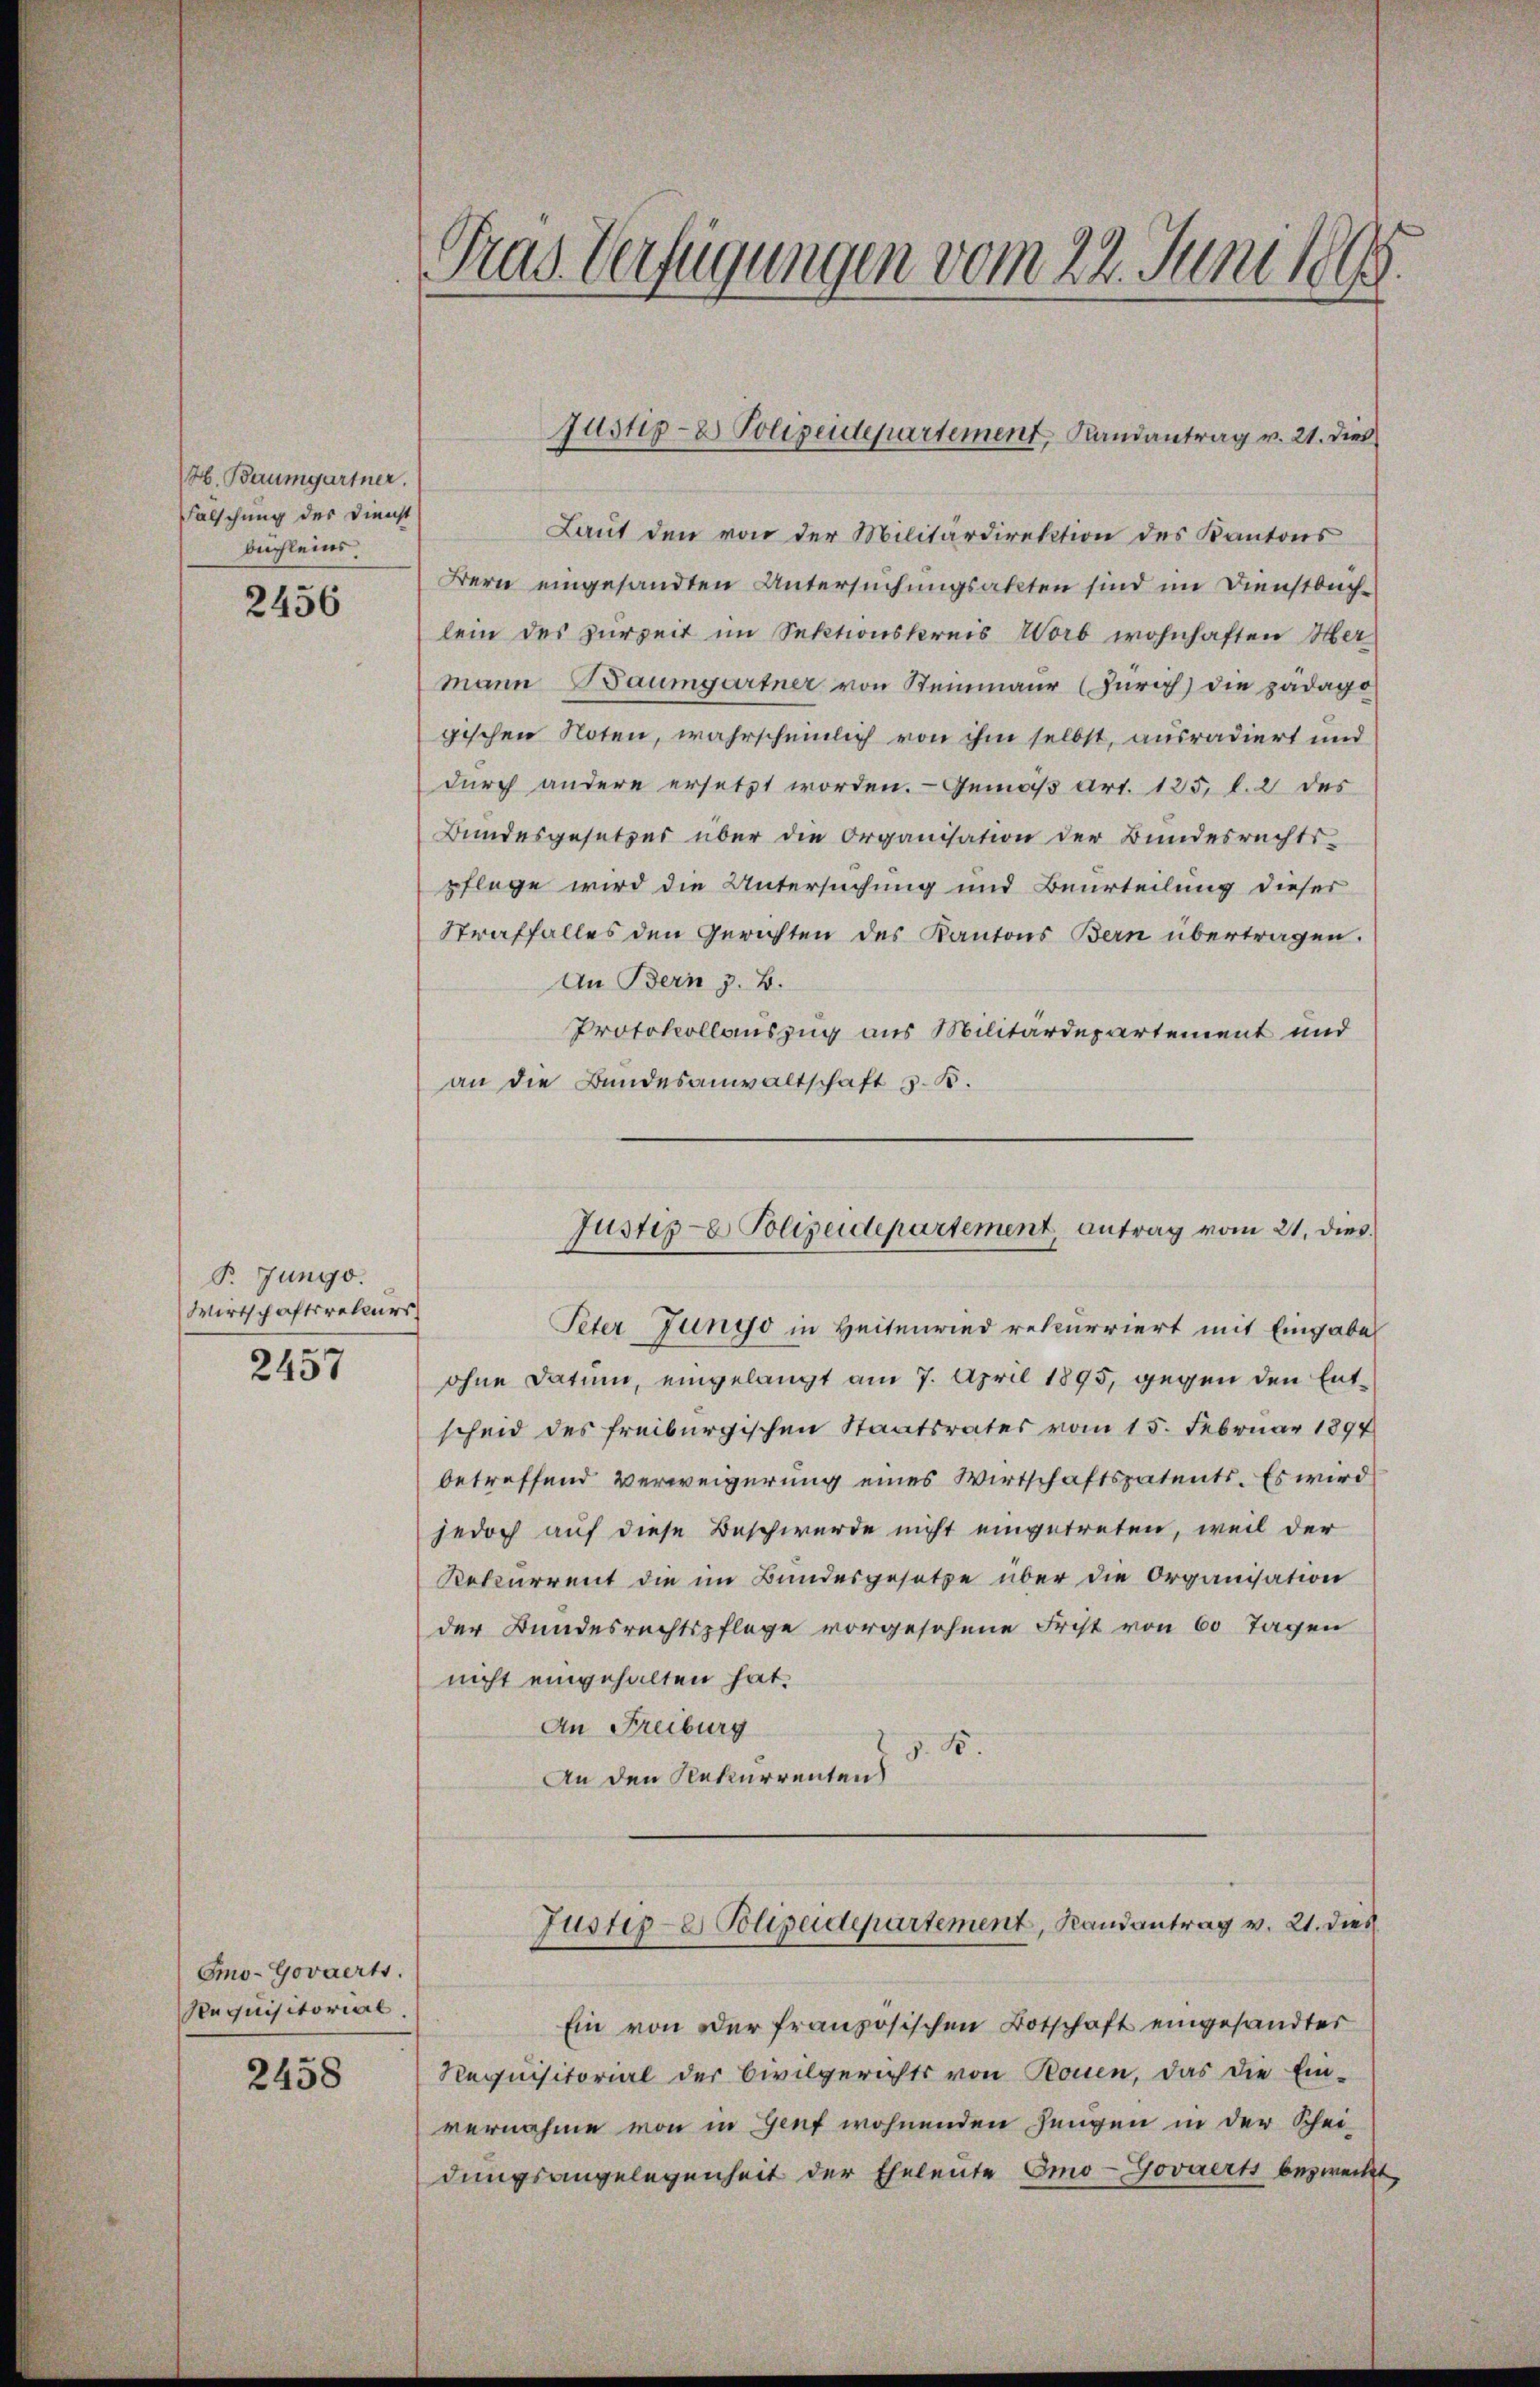
H. Baumgartner.
Falschung des Dienst
befleins.

2456

P. Jungo.
Wirtschaftsrekurs

2457

Emo-Govaert.
Requisitorial.

2458

Tras Verfügungen vom 22. Juni 1895.

Laut den von der Militärdirektion des Kantons
Bern eingesandten Untersuchungsakten sind im Dienstbuch-
lein des zurzeit im Sektionskreis Worb wohnhaften Mer
mann Baumgartner von Steinmaur (Zürich) die pädago
gischen Noten, wahrscheinlich von ihm selbst, ausradiert und
durch andere ersetzt worden. - Gemäß Art. 125, l. 2 des
Bundesgesetzes über die Organisation der Bundesrechts-
pflege wird die Untersuchung und Beurteilung dieser
Straffalles den Gerichten des Kantons Bern übertragen.
An Bern z. B.
Protokollauszug aus Militärdepartement und
an die Bundesanwaltschaft z. B.
Peter Jungo in Heitenwind rekurriert mit Eingabe
ohne Datum, eingelangt am 7. April 1895, gegen den Entscheid des freiburgischen Staatsrates vom 15. Februar 1897
betreffend Verweigerung eines Wirtschaftspatents. Es wird
jedoch auf diese Beschwerde nicht eingetreten, weil der
Rekurrent die im Bundesgesetze über die Organisation
der Bundesrechtspflege vorgesehene Frist von 60 Tagen
nicht eingehalten hat.
An Freiburg
15.
An den Rekurrenten
Justiz- & Polizeidepartement, Randantrag v. 21. dies
Ein von der französischen Botschaft eingesandter
Requisitorial der Civilgerichts von Rouen, das die Ein-
vernahme von in Genf wohnenden Jungen in der Schei-
dungsangelegenheit der Eheleute Emo-Govaerts bezweckt,

Justiz- & Polizeidepartement, Randantrag v. 21. dies

Justiz- & Polizeidepartement, antrag vom 21. dies